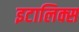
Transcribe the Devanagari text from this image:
इटालिक्स